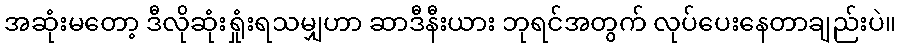
အဆုံးမတော့ ဒီလိုဆုံးရှုံးရသမျှဟာ ဆာဒီနီးယား ဘုရင်အတွက် လုပ်ပေးနေတာချည်းပဲ။